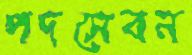
পদসেবন